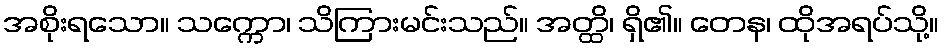
အစိုးရသော။ သက္ကော၊ သိကြားမင်းသည်။ အတ္ထိ၊ ရှိ၏။ တေန၊ ထိုအရပ်သို့။